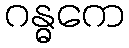
ဂန္ဓကေ